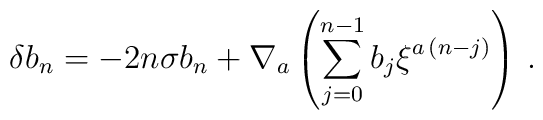
\delta b_n = -2n\sigma b_n + \nabla_a\left(\sum_{j=0}^{n-1} b_j\xi^{a\,(n-j)}\right)\,.